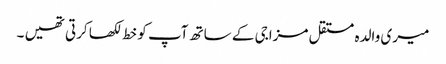
میری والدہ مستقل مزاجی کے ساتھ آپ کو خط لکھا کرتی تھیں ۔